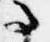
事